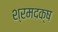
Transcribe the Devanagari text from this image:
श्रमदक्ष